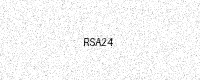
Text: RSA24